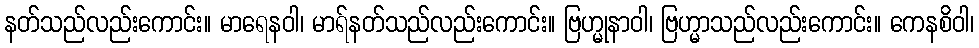
နတ်သည်လည်းကောင်း။ မာရေနဝါ၊ မာရ်နတ်သည်လည်းကောင်း။ ဗြဟ္မုနာဝါ၊ ဗြဟ္မာသည်လည်းကောင်း။ ကေနစိဝါ၊